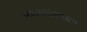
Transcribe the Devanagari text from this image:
पेशव्यांसोबत